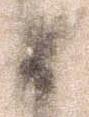
如